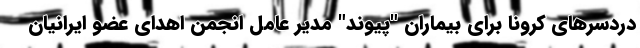
دردسرهای کرونا برای بیماران "پیوند" مدیر عامل انجمن اهدای عضو ایرانیان